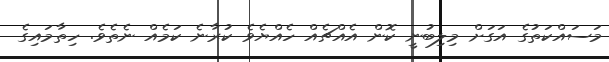
މަސައްކަތުގެ އަގަށް މިލިބުނީ ކޮން އެއްޗެއް ހެއްޔެވެ ކުރާނެ ކަމެއް ނެތެވެ. ހިތާމައިގެ